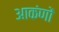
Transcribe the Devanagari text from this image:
आकंणों